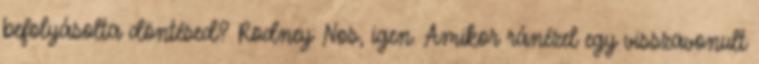
befolyásolta döntésed? Rodney: Nos, igen. Amikor ránézel egy visszavonult